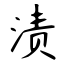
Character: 渍